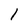
Character: 1